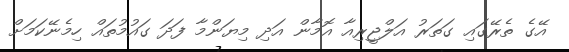
އޭގެ ތެރޭގައި ގަތަރު އަލްޖީރިއާ އޮމާން އަދި މިޔަންމާ ފަދަ ގައުމުތައް ހިމެނޭކަމަށް